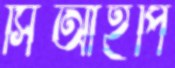
সিআইপি